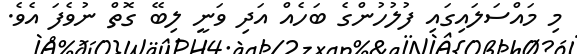
މި މައްސަލައިގައި ފުލުހުންގެ ބަހެއް އަދި ވަނީ ލިބޭ ގޮތް ނުވެފަ އެވެ.